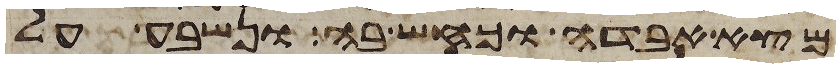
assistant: מצא אבדה וכחש בה ונשבע על